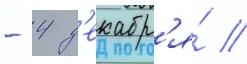
- 4 д'екабр'я́ //